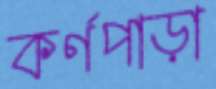
কর্ণপাড়া